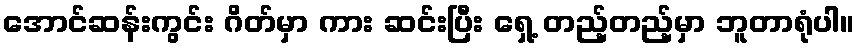
အောင်ဆန်းကွင်း ဂိတ်မှာ ကား ဆင်းပြီး ရှေ့ တည့်တည့်မှာ ဘူတာရုံပါ။